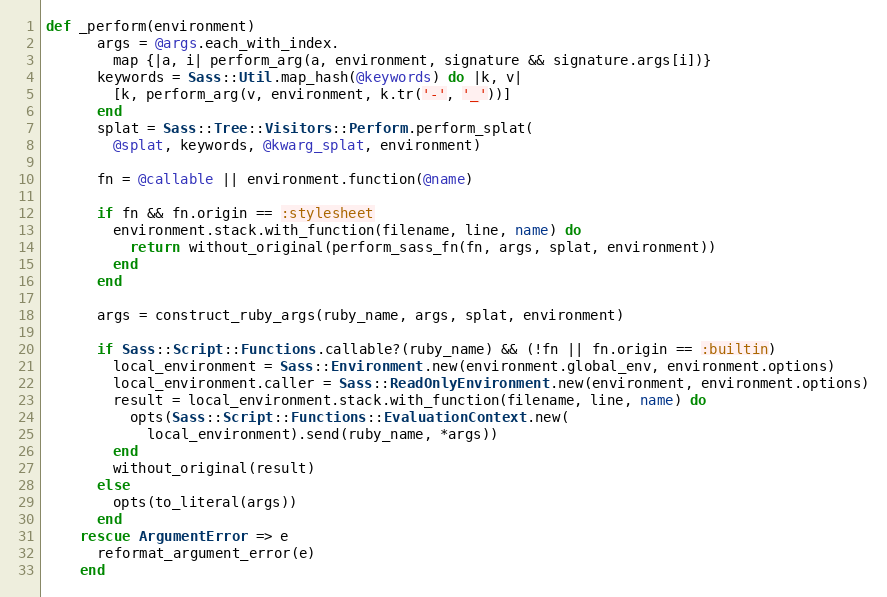
Language: Ruby
def _perform(environment)
      args = @args.each_with_index.
        map {|a, i| perform_arg(a, environment, signature && signature.args[i])}
      keywords = Sass::Util.map_hash(@keywords) do |k, v|
        [k, perform_arg(v, environment, k.tr('-', '_'))]
      end
      splat = Sass::Tree::Visitors::Perform.perform_splat(
        @splat, keywords, @kwarg_splat, environment)

      fn = @callable || environment.function(@name)

      if fn && fn.origin == :stylesheet
        environment.stack.with_function(filename, line, name) do
          return without_original(perform_sass_fn(fn, args, splat, environment))
        end
      end

      args = construct_ruby_args(ruby_name, args, splat, environment)

      if Sass::Script::Functions.callable?(ruby_name) && (!fn || fn.origin == :builtin)
        local_environment = Sass::Environment.new(environment.global_env, environment.options)
        local_environment.caller = Sass::ReadOnlyEnvironment.new(environment, environment.options)
        result = local_environment.stack.with_function(filename, line, name) do
          opts(Sass::Script::Functions::EvaluationContext.new(
            local_environment).send(ruby_name, *args))
        end
        without_original(result)
      else
        opts(to_literal(args))
      end
    rescue ArgumentError => e
      reformat_argument_error(e)
    end